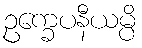
ဥက္ခေပနီယမ္ပိ